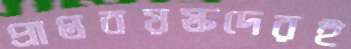
প্রাপ্তবয়স্কদেরই